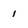
Character: 1